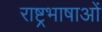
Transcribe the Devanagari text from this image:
राष्ट्रभाषाओं